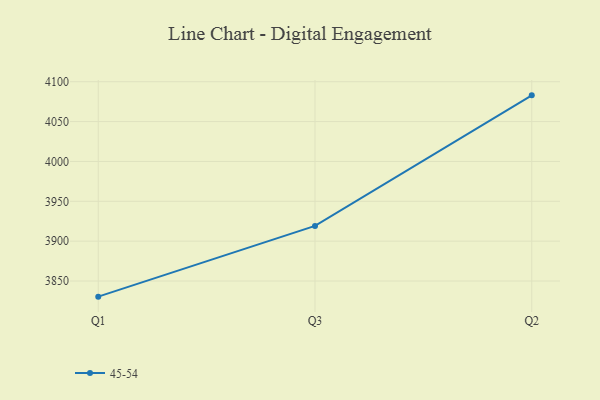
{"axis": {"x": "Quarter", "y": "Net Income (USD K)"}, "legend": ["45-54"], "data": [{"x": "Q1", "y": 3830.4, "type": "45-54"}, {"x": "Q3", "y": 3919.1, "type": "45-54"}, {"x": "Q2", "y": 4082.9, "type": "45-54"}]}